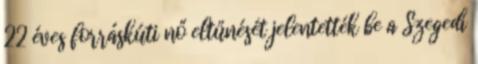
22 éves forráskúti nő eltűnését jelentették be a Szegedi